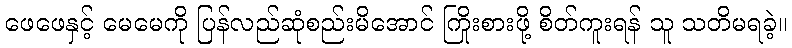
ဖေဖေနှင့် မေမေကို ပြန်လည်ဆုံစည်းမိအောင် ကြိုးစားဖို့ စိတ်ကူးရန် သူ သတိမရခဲ့။